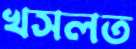
খসলত